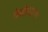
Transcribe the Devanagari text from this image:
वेसोस्पाज्म